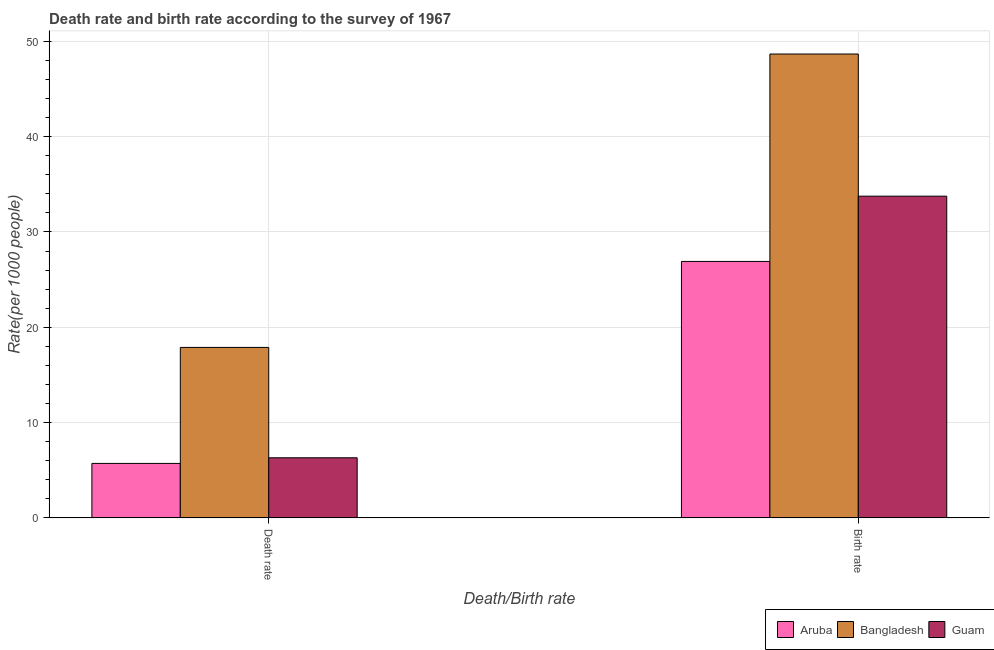
| Death/Birth rate | Aruba | Bangladesh | Guam |
 | --- | --- | --- | --- |
 | Death rate | 5.72 | 17.9 | 6.31 |
 | Birth rate | 26.9 | 48.7 | 33.8 |